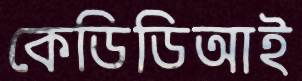
কেডিডিআই